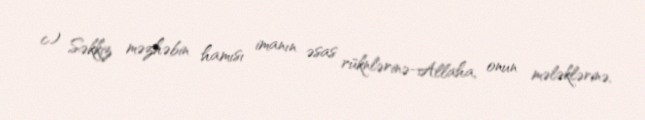
c) Səkkiz məzhəbin hamısı imanın əsas rüknlərinə-Allaha, onun mələklərinə,